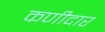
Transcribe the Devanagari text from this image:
कणीदार